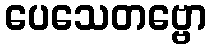
ပေသေတဗ္ဗော